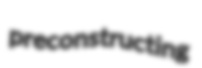
preconstructing